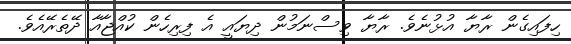
ހިފައިގެން ރާޔާ އުޅުނެވެ. ރާޔާ ވިސްނަމުން ދިޔައީ އެ ފިރިހެން ކުއްޖާއާ ދޭތެރޭއެވެ.